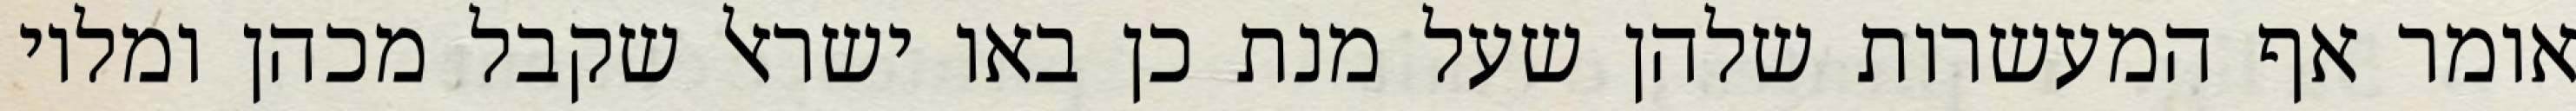
אומר אף המעשרות שלהן שעל מנת כן באו ישראל שקבל מכהן ומלוי